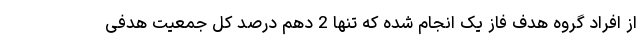
از افراد گروه هدف فاز یک انجام شده که تنها 2 دهم درصد کل جمعیت هدفی